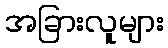
အခြားလူများ